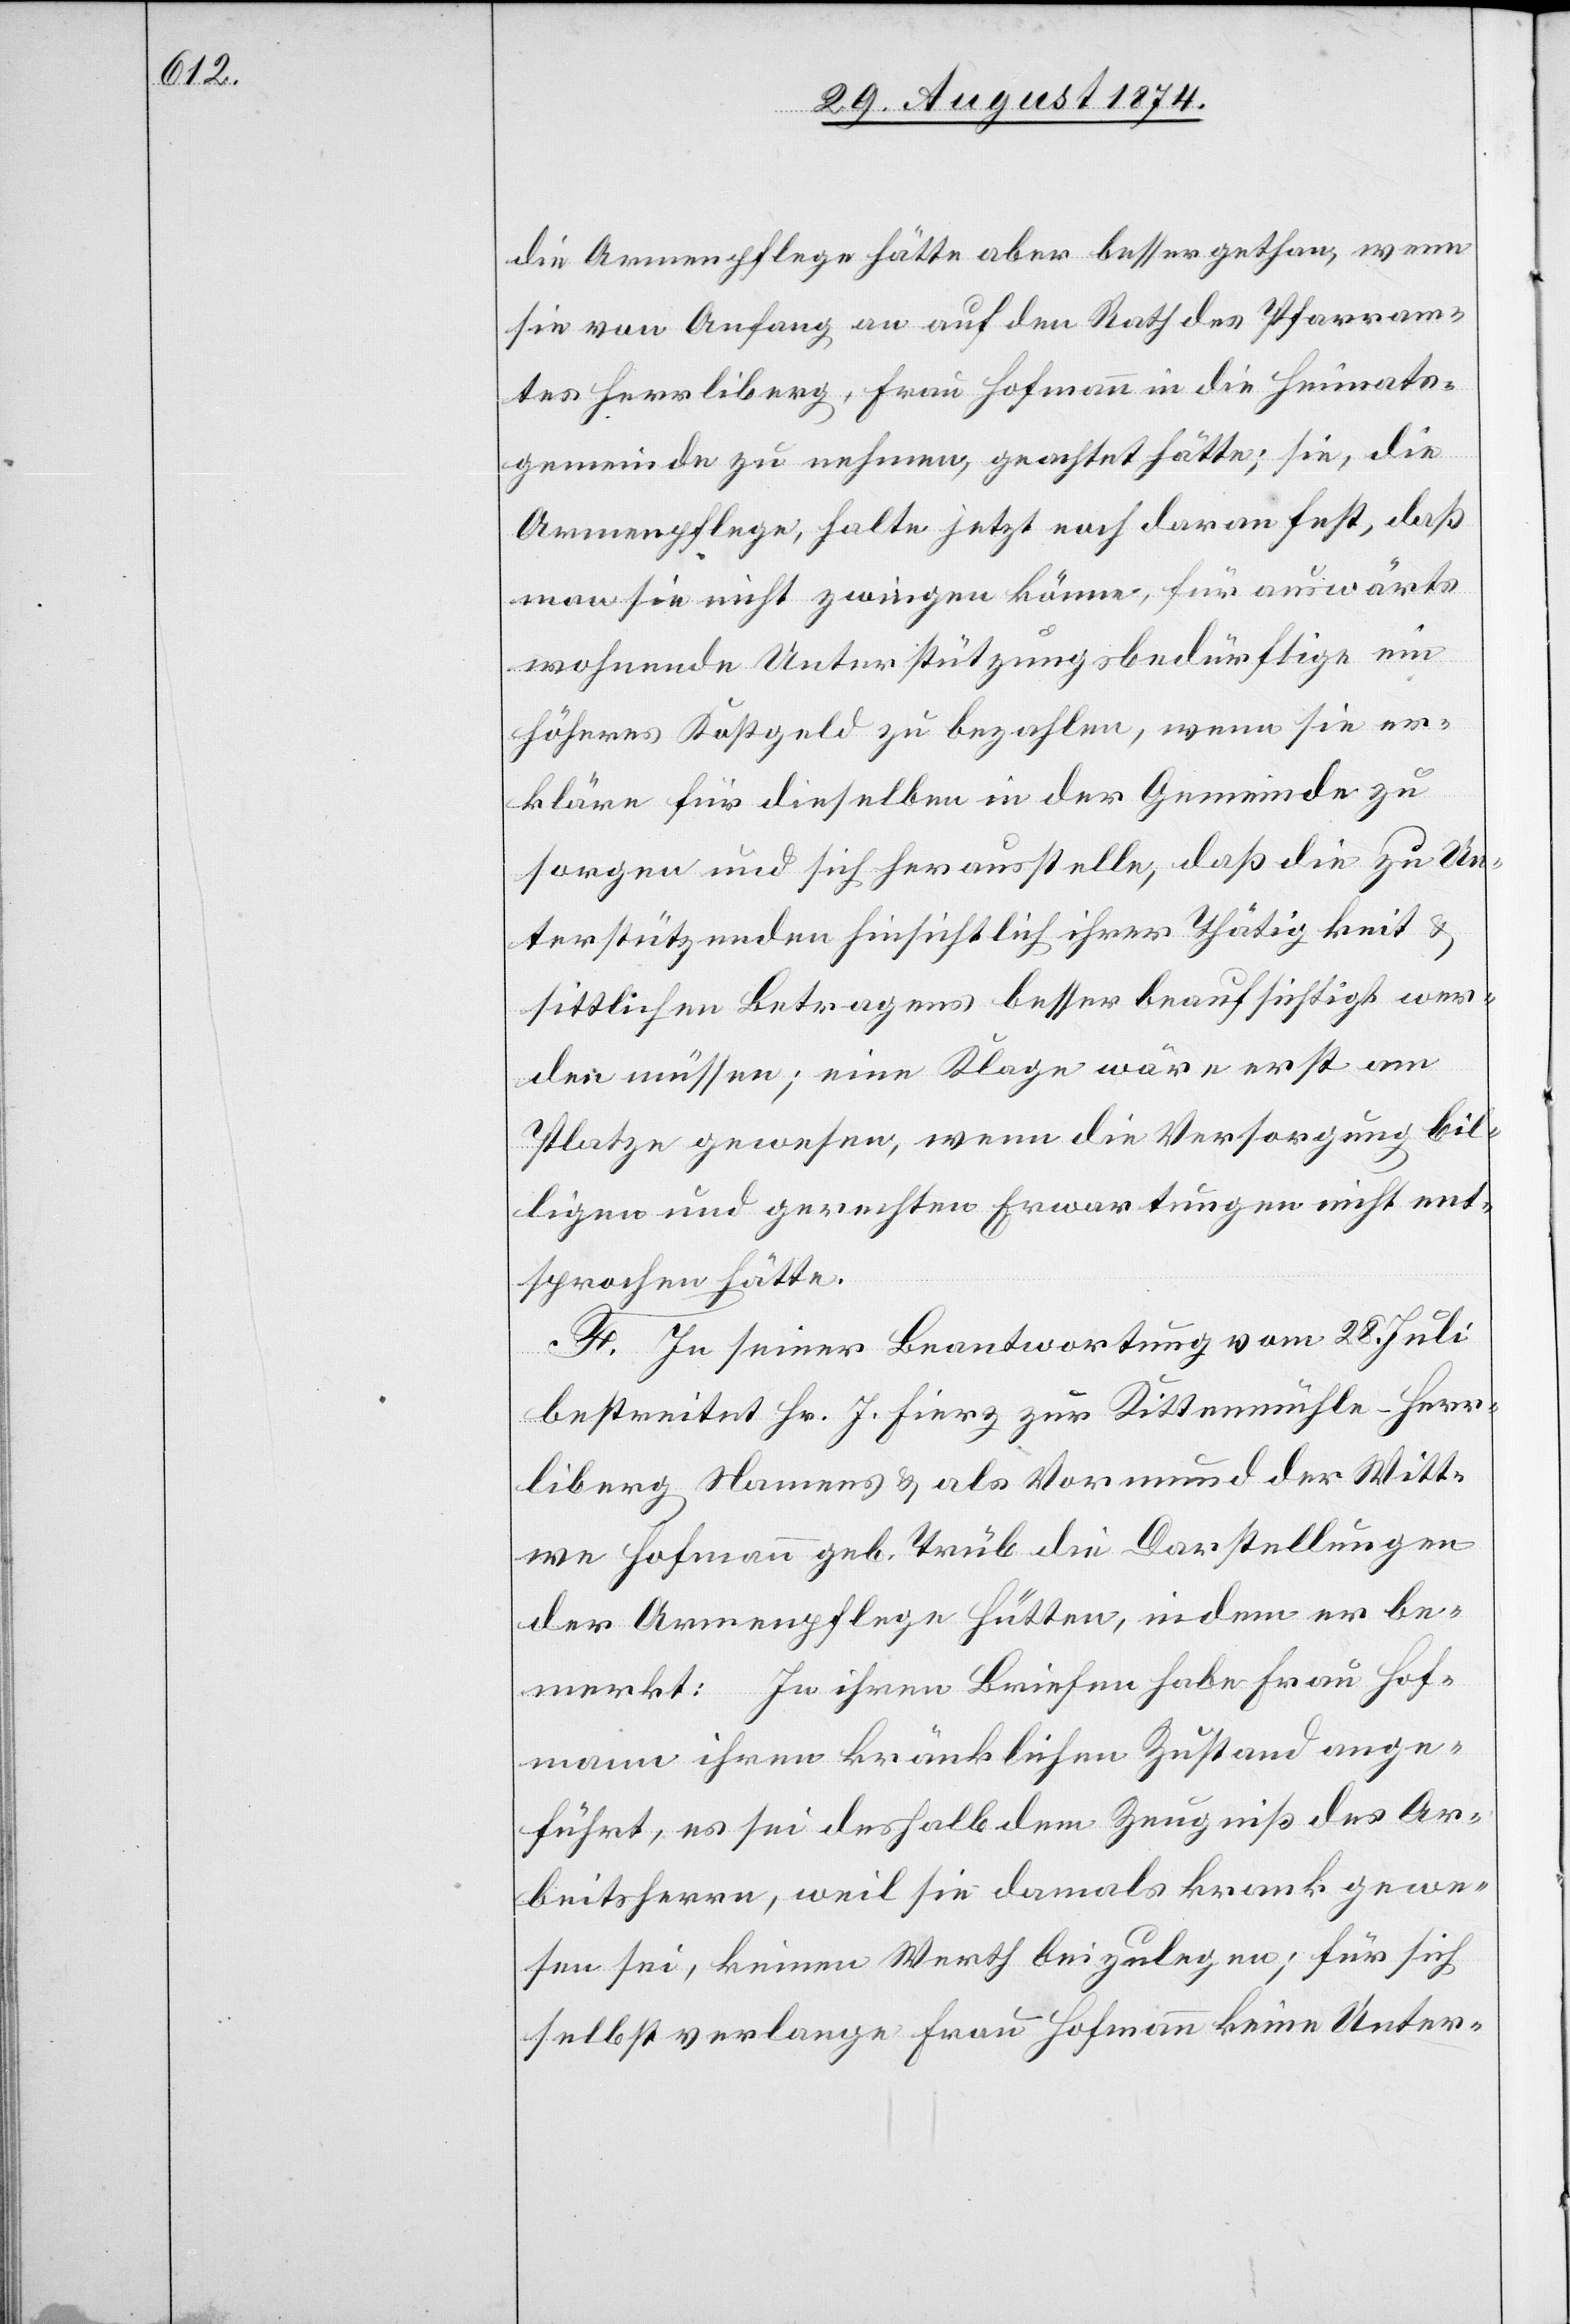
die Armenpflege hätte aber besser gethan, wenn
sie von Anfang an auf den Rath des Pfarram¬
tes Herrliberg, Frau Hofmann in die Heimats¬
gemeinde zu nehmen, geachtet hätte, sie, die
Armenpflege, halte jetzt noch daran fest, daß
man sie nicht zwingen könne, für auswärts
wohnende Unterstützungsbedürftige ein
höheres Kostgeld zu bezahlen, wenn sie er¬
kläre für dieselben in der Gemeinde zu
sorgen und sich herausstelle, daß die zu Un¬
terstützenden hinsichtlich ihrer Thätigkeit u.
sittlichen Betragens besser beaufsichtigt wer¬
den müssen; eine Klage wäre erst am
Platze gewesen, wenn die Versorgung bil¬
ligen und gerechten Erwartungen nicht ent¬
sprochen hätte.
F. In seiner Beantwortung vom 28. Juli
bestreitet Hr. J. Fierz zur Kittenmühle - Herr¬
liberg Namens u. als Vormund der Witt¬
we Hofmann geb. Trüb die Darstellungen
der Armenpflege Hütten, indem er be¬
merkt: In ihren Briefen habe Frau Hof¬
mann ihren kränklichen Zustand ange¬
führt, es sei deshalb dem Zeugniß des Ar¬
beitsherrn, weil sie damals krank gewe¬
sen sei, keinen Werth beizulegen; für sich
selbst verlange Frau Hofmann keine Unter-